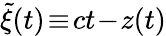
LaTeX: \tilde{\xi}(t)\! \equiv\! ct\! -\! z(t)